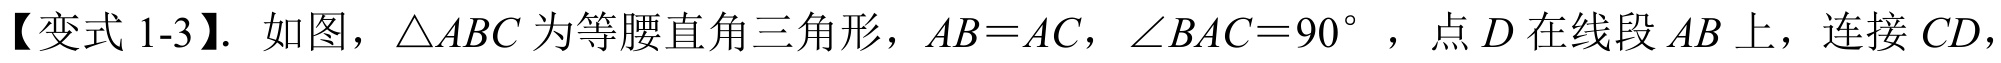
【变式 1-3】. 如图，\(\triangle ABC\) 为等腰直角三角形，\(AB = AC\)，\(\angle BAC = 90^{\circ}\) ，点 \(D\) 在线段 \(AB\) 上，连接 \(CD\)，